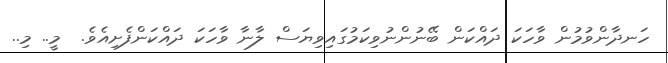
ހަނދާންވުމުން ވާހަކަ ދައްކަން ބޭނުންނުވިކަމުގައިވިޔަސް ލާނާ ވާހަކަ ދައްކަންފެށިއެވެ.  މީ.. މި..